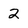
Character: 2